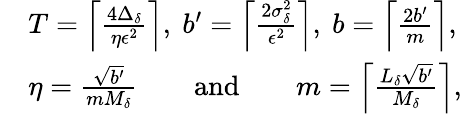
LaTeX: \begin{array}{rl}&{T=\left\lceil\frac{4\Delta_{\delta}}{\eta\epsilon^{2}}\right\rceil,~b^{\prime}=\left\lceil\frac{2\sigma_{\delta}^{2}}{\epsilon^{2}}\right\rceil,~b=\left\lceil\frac{2b^{\prime}}{m}\right\rceil,}\\ &{\eta=\frac{\sqrt{b^{\prime}}}{mM_{\delta}}\qquad\mathrm{and}\qquad m=\left\lceil\frac{L_{\delta}\sqrt{b^{\prime}}}{M_{\delta}}\right\rceil,}\end{array}